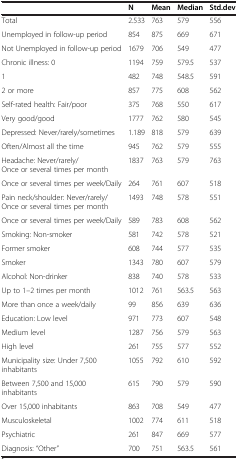
<table><thead><tr><td><b> </b></td><td><b>N</b></td><td><b>Mean</b></td><td><b>Median</b></td><td><b>Std.dev</b></td></tr></thead><tbody><tr><td>Total</td><td>2.533</td><td>763</td><td>579</td><td>556</td></tr><tr><td>Unemployed in follow-up period</td><td>854</td><td>875</td><td>669</td><td>671</td></tr><tr><td>Not Unemployed in follow-up period</td><td>1679</td><td>706</td><td>549</td><td>477</td></tr><tr><td>Chronic illness: 0</td><td>1194</td><td>759</td><td>579.5</td><td>537</td></tr><tr><td>1</td><td>482</td><td>748</td><td>548.5</td><td>591</td></tr><tr><td>2 or more</td><td>857</td><td>775</td><td>608</td><td>562</td></tr><tr><td>Self-rated health: Fair/poor</td><td>375</td><td>768</td><td>550</td><td>617</td></tr><tr><td>Very good/good</td><td>1777</td><td>762</td><td>580</td><td>545</td></tr><tr><td>Depressed: Never/rarely/sometimes</td><td>1.189</td><td>818</td><td>579</td><td>639</td></tr><tr><td>Often/Almost all the time</td><td>945</td><td>762</td><td>579</td><td>555</td></tr><tr><td>Headache: Never/rarely/Once or several times per month</td><td>1837</td><td>763</td><td>579</td><td>763</td></tr><tr><td>Once or several times per week/Daily</td><td>264</td><td>761</td><td>607</td><td>518</td></tr><tr><td>Pain neck/shoulder: Never/rarely/Once or several times per month</td><td>1493</td><td>748</td><td>578</td><td>551</td></tr><tr><td>Once or several times per week/Daily</td><td>589</td><td>783</td><td>608</td><td>562</td></tr><tr><td>Smoking: Non-smoker</td><td>581</td><td>742</td><td>578</td><td>521</td></tr><tr><td>Former smoker</td><td>608</td><td>744</td><td>577</td><td>535</td></tr><tr><td>Smoker</td><td>1343</td><td>780</td><td>607</td><td>579</td></tr><tr><td>Alcohol: Non-drinker</td><td>838</td><td>740</td><td>578</td><td>533</td></tr><tr><td>Up to 1–2 times per month</td><td>1012</td><td>761</td><td>563.5</td><td>563</td></tr><tr><td>More than once a week/daily</td><td>99</td><td>856</td><td>639</td><td>636</td></tr><tr><td>Education: Low level</td><td>971</td><td>773</td><td>607</td><td>548</td></tr><tr><td>Medium level</td><td>1287</td><td>756</td><td>579</td><td>563</td></tr><tr><td>High level</td><td>261</td><td>755</td><td>577</td><td>552</td></tr><tr><td>Municipality size: Under 7,500 inhabitants</td><td>1055</td><td>792</td><td>610</td><td>592</td></tr><tr><td>Between 7,500 and 15,000 inhabitants</td><td>615</td><td>790</td><td>579</td><td>590</td></tr><tr><td>Over 15,000 inhabitants</td><td>863</td><td>708</td><td>549</td><td>477</td></tr><tr><td>Musculoskeletal</td><td>1002</td><td>774</td><td>611</td><td>518</td></tr><tr><td>Psychiatric</td><td>261</td><td>847</td><td>669</td><td>577</td></tr><tr><td>Diagnosis: “Other”</td><td>700</td><td>751</td><td>563.5</td><td>561</td></tr></tbody></table>